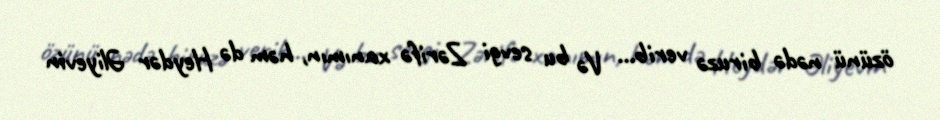
özünü nədə biruzə verib... Və bu sevgi Zərifə xanımın, həm də Heydər Əliyevin